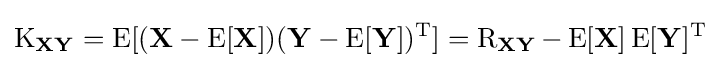
\operatorname {K} _{\mathbf {X} \mathbf {Y} }=\operatorname {E} [(\mathbf {X} -\operatorname {E} [\mathbf {X} ])(\mathbf {Y} -\operatorname {E} [\mathbf {Y} ])^{\rm {T}}]=\operatorname {R} _{\mathbf {X} \mathbf {Y} }-\operatorname {E} [\mathbf {X} ]\operatorname {E} [\mathbf {Y} ]^{\rm {T}}